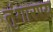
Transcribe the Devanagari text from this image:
तुंगारण्य